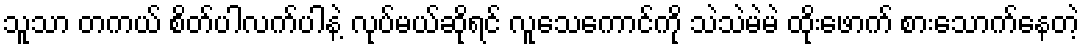
သူသာ တကယ် စိတ်ပါလက်ပါနဲ့ လုပ်မယ်ဆိုရင် လူသေကောင်ကို သဲသဲမဲမဲ ထိုးဖောက် စားသောက်နေတဲ့